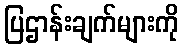
ပြဌာန်းချက်များကို